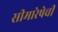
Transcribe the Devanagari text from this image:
सीमारेषेची